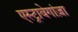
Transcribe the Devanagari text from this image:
एस्ट्रावेगांज़ा